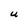
Character: U